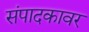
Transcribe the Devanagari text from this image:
संपादकावर